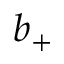
b _ { + }